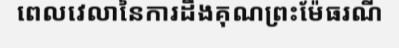
ពេលវេលានៃការដឹងគុណព្រះម៉ែធរណី